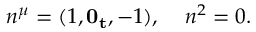
n ^ { \mu } = ( 1 , { \bf 0 _ { t } } , - 1 ) , \; \; \; \; n ^ { 2 } = 0 .